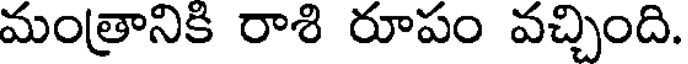
మంత్రానికి రాశి రూపం వచ్చింది.